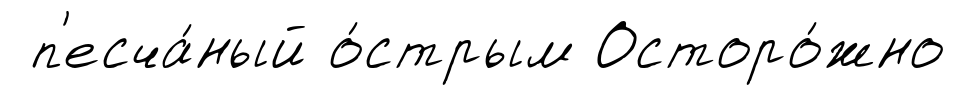
п'есча́ный о́стрым Осторо́жно